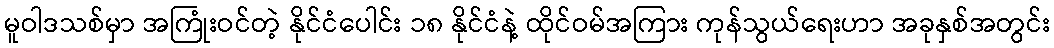
မူဝါဒသစ်မှာ အကြုံးဝင်တဲ့ နိုင်ငံပေါင်း ၁၈ နိုင်ငံနဲ့ ထိုင်ဝမ်အကြား ကုန်သွယ်ရေးဟာ အခုနှစ်အတွင်း